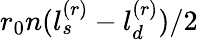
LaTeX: r_{0}n(l_{s}^{(r)}-l_{d}^{(r)})/2